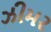
ઝીમર